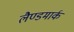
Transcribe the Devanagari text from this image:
लैण्‍डमार्क